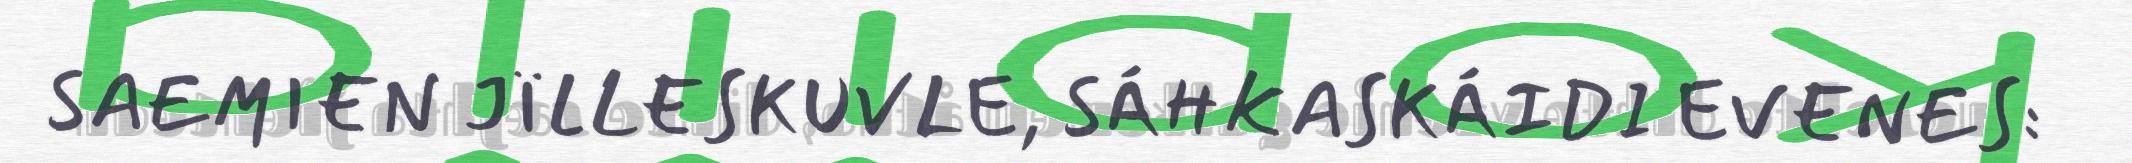
SAEMIEN JÏLLESKUVLE, SÁHKASKÁIDI EVENES: